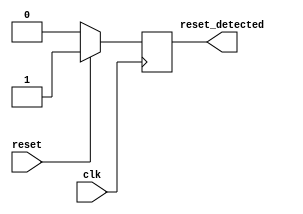
module synchronous_reset_detector (
    input wire clk,          // Clock signal
    input wire reset,        // Active-high asynchronous reset signal
    output reg reset_detected // Reset detected output
);

    // Synchronous reset detection logic
    always @(posedge clk) begin
        if (reset) begin
            reset_detected <= 1'b1; // Set detected if reset is high
        end else begin
            reset_detected <= 1'b0; // Clear detected if reset is low
        end
    end

endmodule